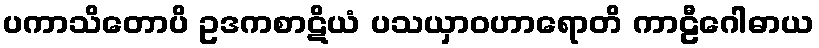
ပကာသိတောပိ ဥဒကစာဋိယံ ပသယှာဝဟာရောတိ ကာဠီဂေါဓာယ